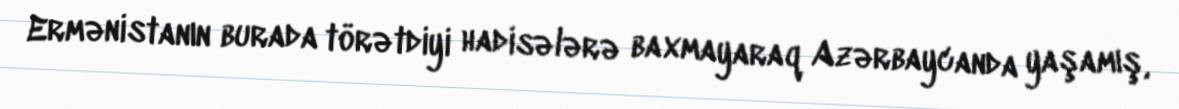
Ermənistanın burada törətdiyi hadisələrə baxmayaraq Azərbaycanda yaşamış,